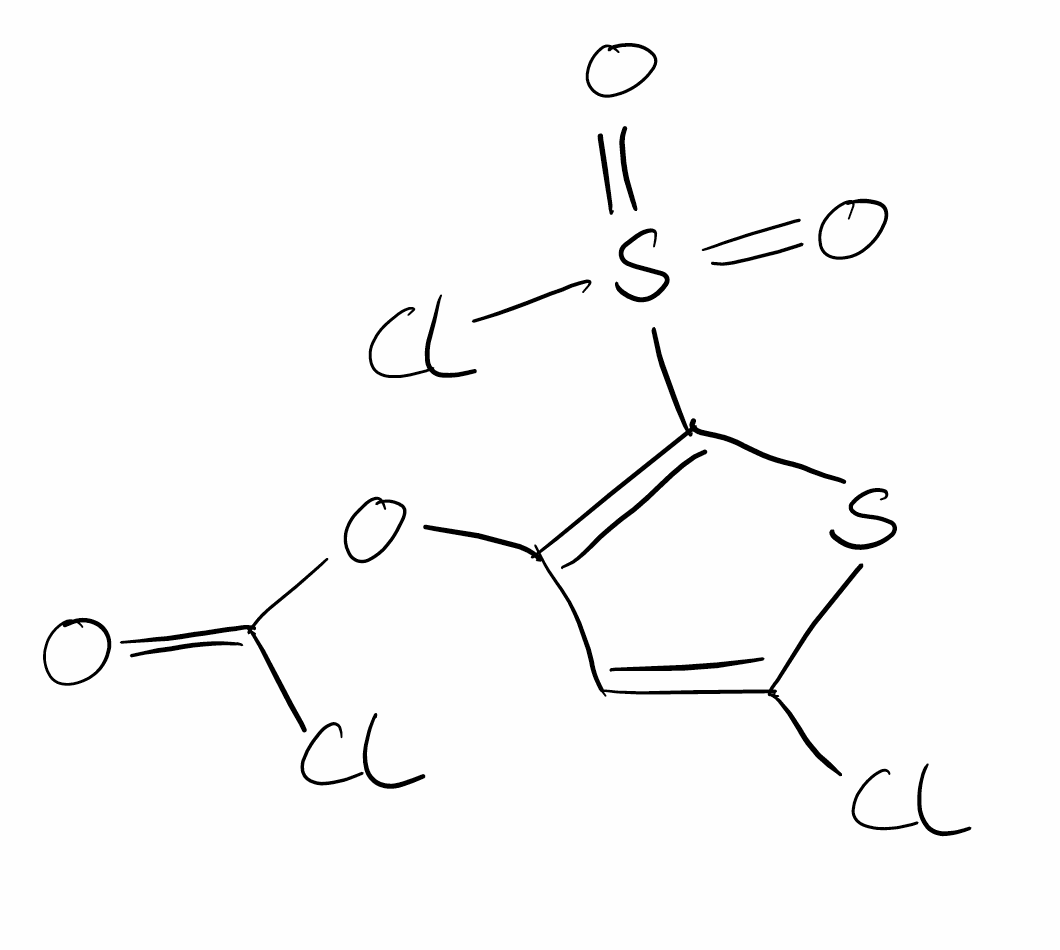
Simplified molecular-input line-entry system (SMILES) notation of the given molecule:
C1=C(SC(=C1OC(=O)Cl)S(=O)(=O)Cl)Cl